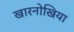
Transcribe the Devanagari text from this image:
खारनोखिया